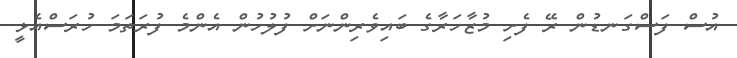
އުސް ފަސްގަނޑުން ރޭ ފެށި މުޒާހަރާގެ ބައިވެރިންނަށް ފުލުހުން އެންމެ ފުރަތަމަ ހުރަސްއެޅީ